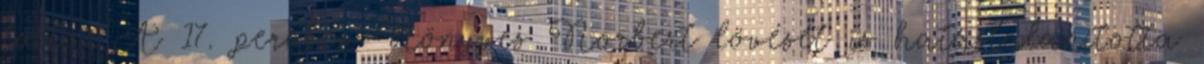
tolta. A 17. percben Könyves Norbert lövését is hatástalanította